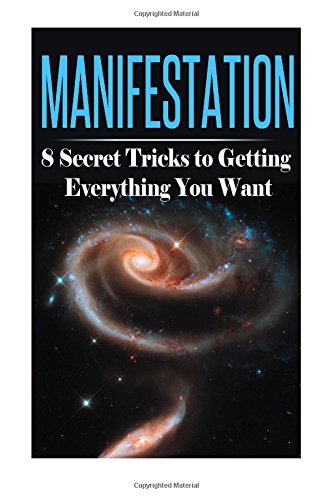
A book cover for Manifestation: 8 Secret Tricks to Getting Everything You Want (Manifestation, Visualization, and Law of Attraction Collection) (Volume 1); Summer Andrews; Self-Help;